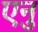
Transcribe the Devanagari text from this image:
एनु